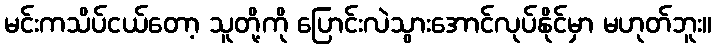
မင်းကသိပ်ငယ်တော့ သူတို့ကို ပြောင်းလဲသွားအောင်လုပ်နိုင်မှာ မဟုတ်ဘူး။